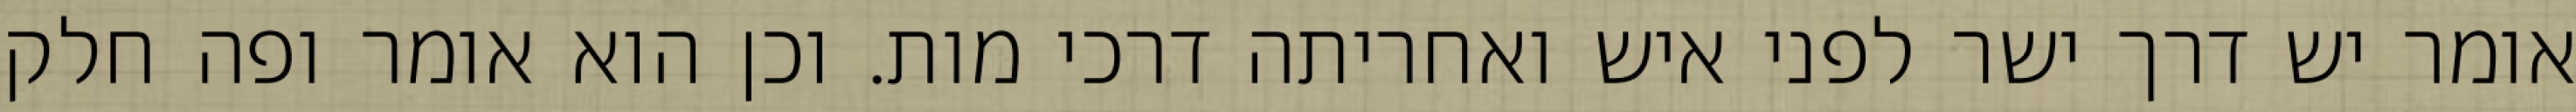
אומר יש דרך ישר לפני איש ואחריתה דרכי מות. וכן הוא אומר ופה חלק